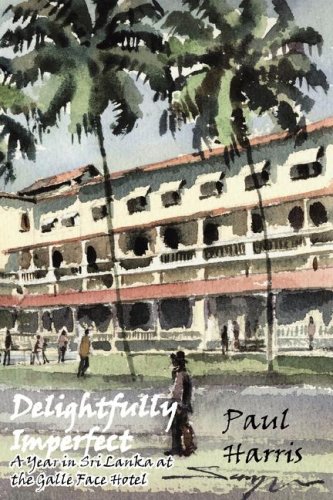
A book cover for Delightfully Imperfect: A year In Sri Lanka at the Galle Face Hotel; Paul Harris; Travel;